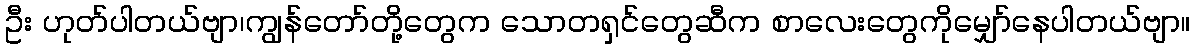
ဦး ဟုတ်ပါတယ်ဗျာ၊ကျွန်တော်တို့တွေက သောတရှင်တွေဆီက စာလေးတွေကိုမျှော်နေပါတယ်ဗျာ။